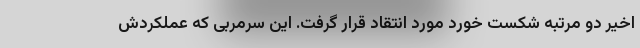
اخیر دو مرتبه شکست خورد مورد انتقاد قرار گرفت. این سرمربی که عملکردش